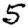
Digit: 5